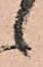
候